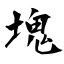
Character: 塊